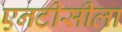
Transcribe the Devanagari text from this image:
एनटीसीला